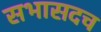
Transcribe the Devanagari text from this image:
सभासदच